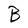
Character: B